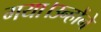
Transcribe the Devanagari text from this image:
गया।उन्होंने